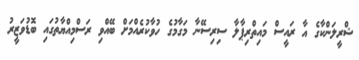
ޝްރީލަންކާގެ އާ ރައީސް މައިތްރިޕާލާ ސިރިސޭނާ މަގާމުގެ ހުވާކުރެއްމަށް ބޭއްވި ރަސްމިއްޔާތުގައި ބޮޑުވަޒީރު